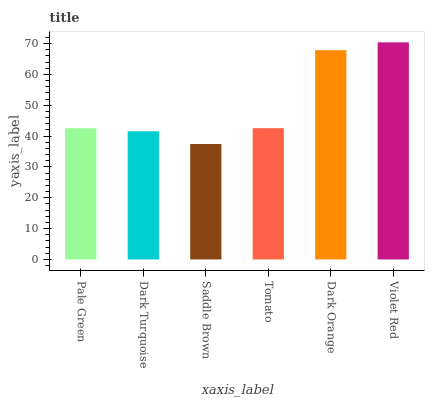
| xaxis_label | bars |
 | --- | --- |
 | Pale Green | 42.6 |
 | Dark Turquoise | 41.6 |
 | Saddle Brown | 37.4 |
 | Tomato | 42.6 |
 | Dark Orange | 67.9 |
 | Violet Red | 70.4 |